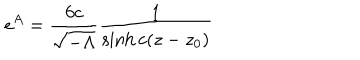
LaTeX: e ^ { A } = \frac { 6 c } { { \sqrt { - \Lambda } } } \frac { 1 } { \sinh c ( z - z _ { 0 } ) }